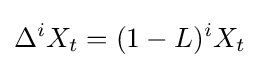
\Delta ^{i}X_{t}=(1-L)^{i}X_{t}\